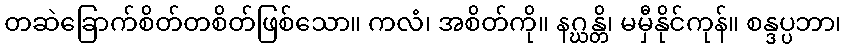
တဆဲခြောက်စိတ်တစိတ်ဖြစ်သော။ ကလံ၊ အစိတ်ကို။ နဂ္ဃန္တိ၊ မမှီနိုင်ကုန်။ စန္ဒပ္ပဘာ၊